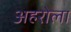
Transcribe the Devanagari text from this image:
अहरोला